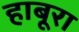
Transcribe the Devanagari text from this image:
हाबूरा